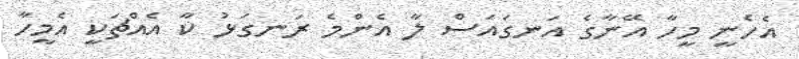
އެހެނީ މީހާ އޭނާގެ އަނގައަސް ލާ އެންމެ ރަނގަޅު ކާ އެއްޗަކީ އެމީހާ